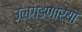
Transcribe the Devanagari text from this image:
उलगडणार्‍या